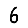
Digit: 6